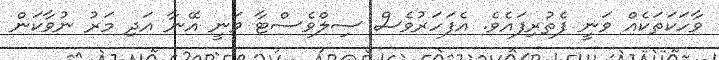
ވާހަކަތަކެއް ވަނީ ފެތުރިފައެވެ. އެފަހަރުވެސް ސިލްވެސްޓާ ވަނީ އޭނާ އަދި މަރު ނުވާކަން